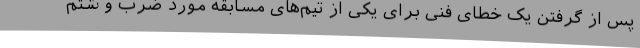
پس از گرفتن یک خطای فنی برای یکی از تیم‌های مسابقه مورد ضرب و شتم